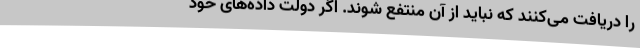
را دریافت می‌کنند که نباید از آن منتفع شوند. اگر دولت داده‌های خود